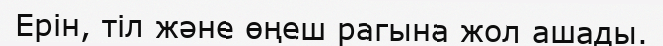
Ерін, тіл және өңеш рагына жол ашады.